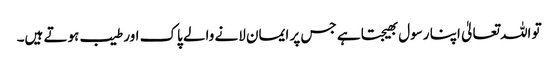
تو اللہ تعالیٰ اپنا رسول بھیجتا ہے جس پر ایمان لانے والے پاک اور طیب ہوتے ہیں۔